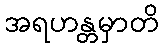
အရဟန္တမှာတိ